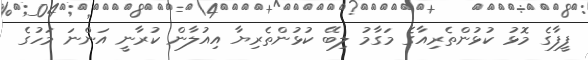
ފީފާގެ މޮޅު ކުޅުންތެރިއާގެ މަގާމު ލިބޭ ކުޅުންތެރިޔާ އިއުލާން ކުރާނީ އަންނަ މަހުގެ